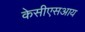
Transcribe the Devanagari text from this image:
केसीएसआय